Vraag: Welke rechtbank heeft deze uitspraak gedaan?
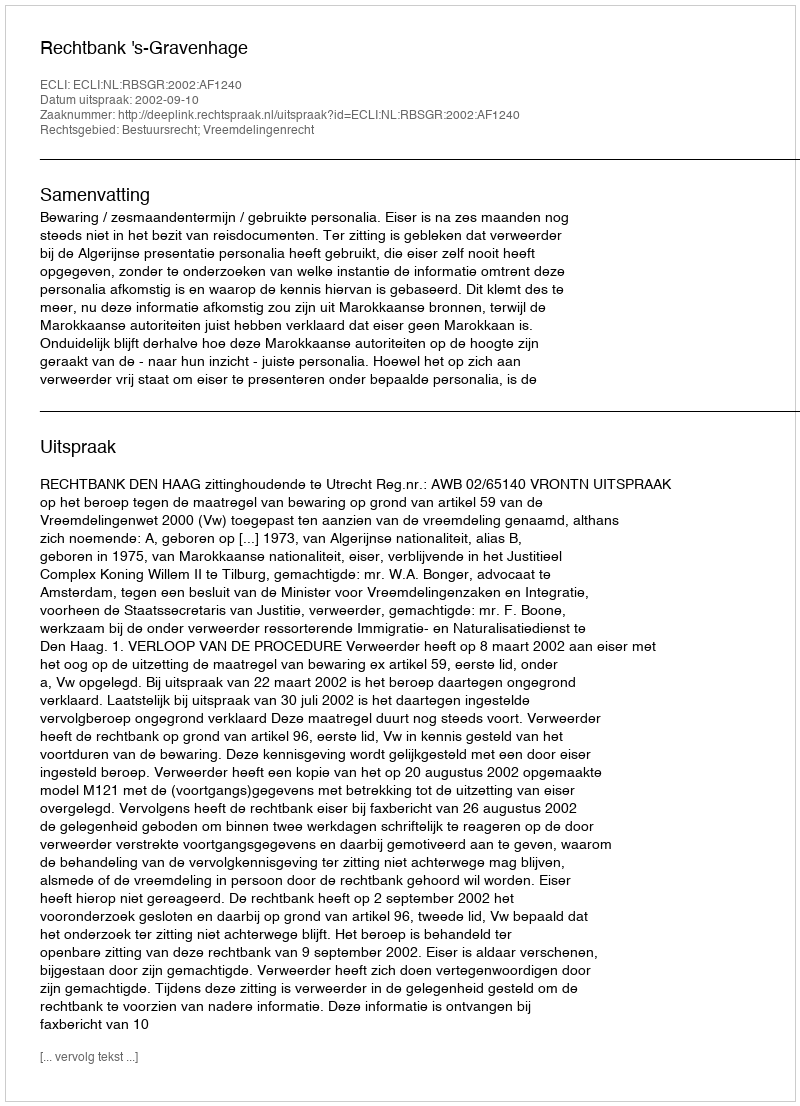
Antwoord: Rechtbank 's-Gravenhage